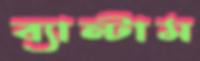
ব্যান্টাম